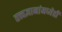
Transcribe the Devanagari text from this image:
तत्त्वज्ञानांमध्येही